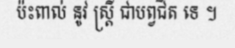
ប៉ះពាល់ នូវ ស្ត្រី ជាបព្វជិត ទេ ។